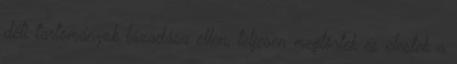
déli tartományok lázadása ellen, teljesen megtörtek és elestek a